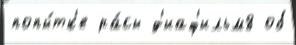
попы́тк'е ра́сы д'иаф'ильм8 об